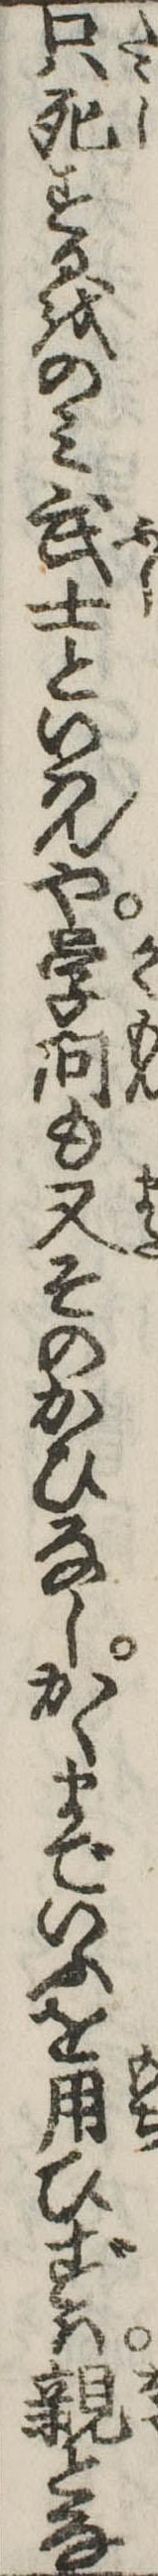
只死するをのみ武士といはんや学問も又そのかひなしかくまでいふを用ひずは親とな